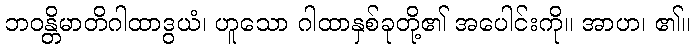
ဘဝန္တိမာတိဂါထာဒွယံ၊ ဟူသော ဂါထာနှစ်ခုတို့၏ အပေါင်းကို။ အာဟ၊ ၏။